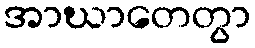
အာဃာတေတွာ